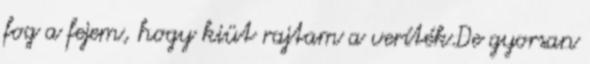
fog a fejem, hogy kiüt rajtam a veríték.De gyorsan